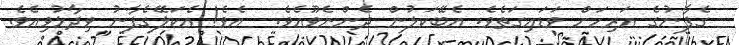
ގެފާނުގެ އަރިހަށް ވަޑައިގަތެވެ. އެބޭކަލުން ދެންނެވޫއެވެ.  އެވެ! އެކަލޭގެފާނު ވިދާޅުވިއެވެ.